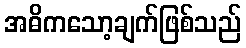
အဓိကသော့ချက်ဖြစ်သည်